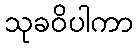
သုခဝိပါကာ